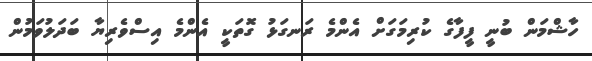
ހާޝްމަން ބުނީ ފީފާގެ ކުރިމަގަށް އެންމެ ރަނގަޅު ގޮތަކީ އެންމެ އިސްވެރިޔާ ބަދަލުވަމުން